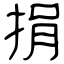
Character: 捐